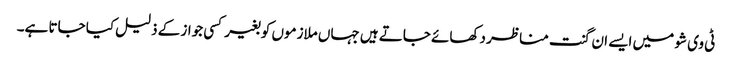
ٹی وی شو میں ایسے ان گنت مناظر دکھائے جاتے ہیں جہاں ملازموں کو بغیر کسی جواز کے ذلیل کیا جاتا ہے۔